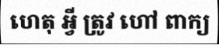
ហេតុ អ្វី ត្រូវ ហៅ ពាក្យ